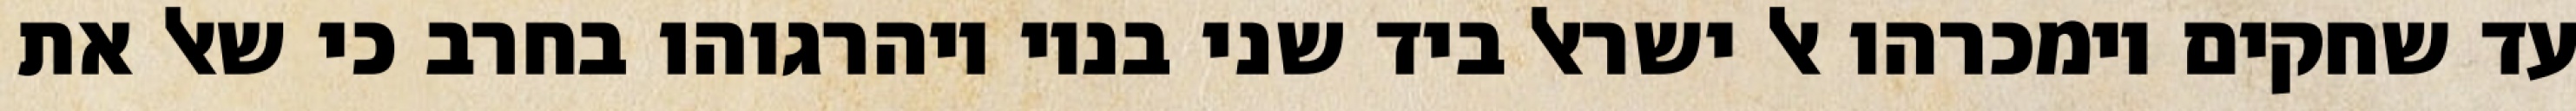
עד שחקים וימכרהו אל ישראל ביד שני בניו ויהרגוהו בחרב כי שאל את